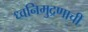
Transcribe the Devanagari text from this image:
ध्वनिमुद्रणाची